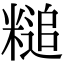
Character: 䊚